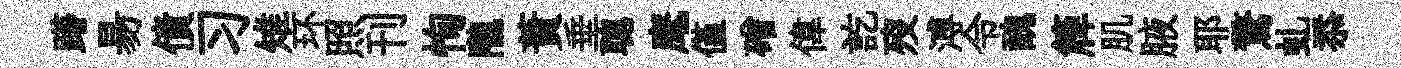
躇昜債习雉环照刊恂隴蕡垂聰麾僅磳偉訖歿溥令醜簰肌腋耶驚虬忝